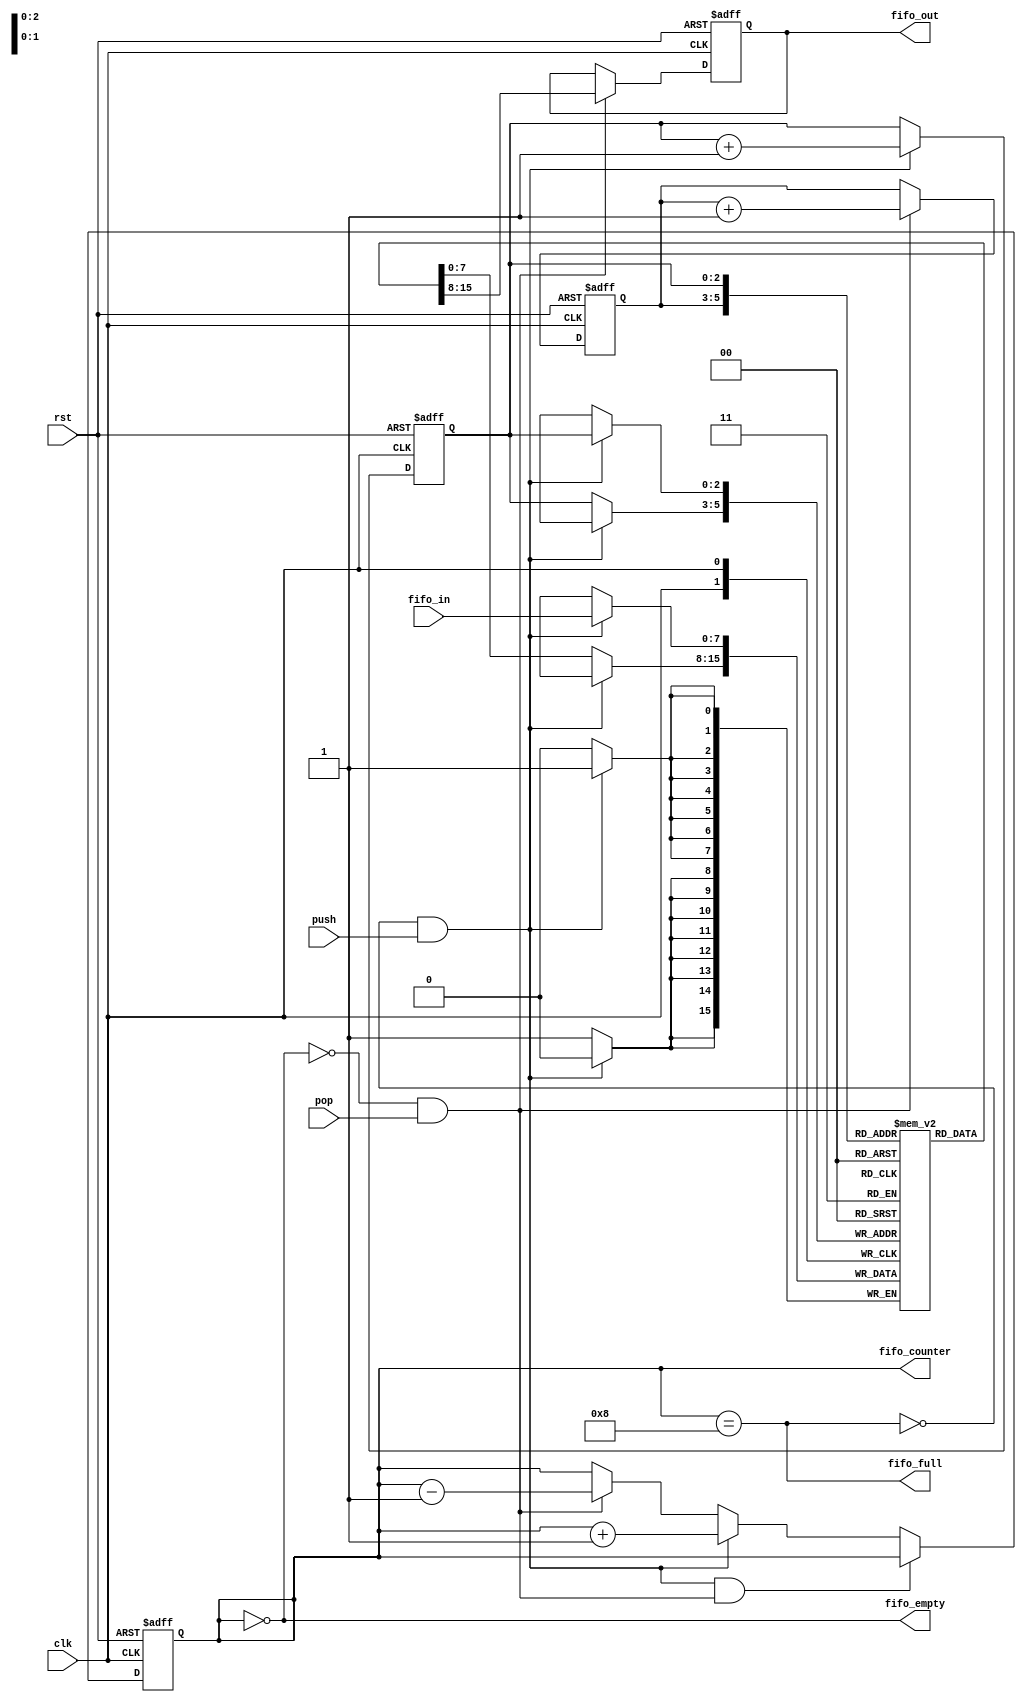
`define FIFO_WIDTH 3    // FIFO_SIZE = 8 -> FIFO_WIDTH = 3, no. of bits to be used in pointer
`define FIFO_SIZE ( 1<<`FIFO_WIDTH )

module fifo( clk, rst, fifo_in, fifo_out, push, pop, fifo_empty, fifo_full, fifo_counter );

input                 rst, clk, push, pop;   
// reset, system clock, write enable and read enable.
input [7:0]           fifo_in;                   
// data input to be pushed to fifo
output[7:0]           fifo_out;                  
// port to output the data using pop.
output                fifo_empty, fifo_full;      
// fifo empty and full indication 
output[`FIFO_WIDTH :0] fifo_counter;             
// number of data pushed in to fifo   

reg[7:0]              fifo_out;
reg                   fifo_empty, fifo_full;
reg[`FIFO_WIDTH :0]    fifo_counter;
reg[`FIFO_WIDTH -1:0]  rd_ptr, wr_ptr;           // pointer to read and write addresses  
reg[7:0]              fifo_mem[`FIFO_SIZE -1 : 0]; //  

always @(fifo_counter)
begin
   fifo_empty = (fifo_counter==0);
   fifo_full = (fifo_counter== `FIFO_SIZE);
end

always @(posedge clk or posedge rst)
begin
   if( rst )
       fifo_counter <= 0;

   else if( (!fifo_full && push) && ( !fifo_empty && pop ) )
       fifo_counter <= fifo_counter;

   else if( !fifo_full && push )
       fifo_counter <= fifo_counter + 1;

   else if( !fifo_empty && pop )
       fifo_counter <= fifo_counter - 1;
   else
      fifo_counter <= fifo_counter;
end

always @( posedge clk or posedge rst)
begin
   if( rst )
      fifo_out <= 0;
   else
   begin
      if( pop && !fifo_empty )
         fifo_out <= fifo_mem[rd_ptr];

      else
         fifo_out <= fifo_out;

   end
end

always @(posedge clk)
begin

   if( push && !fifo_full )
      fifo_mem[ wr_ptr ] <= fifo_in;

   else
      fifo_mem[ wr_ptr ] <= fifo_mem[ wr_ptr ];
end

always@(posedge clk or posedge rst)
begin
   if( rst )
   begin
      wr_ptr <= 0;
      rd_ptr <= 0;
   end
   else
   begin
      if( !fifo_full && push )    wr_ptr <= wr_ptr + 1;
          else  wr_ptr <= wr_ptr;

      if( !fifo_empty && pop )   rd_ptr <= rd_ptr + 1;
      else rd_ptr <= rd_ptr;
   end

end
endmodule